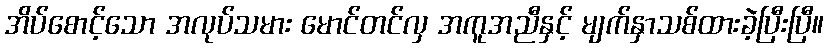
အိပ်စောင့်သော အလုပ်သမား မောင်တင်လှ အကူအညီနှင့် မျက်နှာသစ်ထားခဲ့ပြီးပြီ။